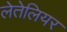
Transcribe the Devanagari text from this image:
लेतेलियर